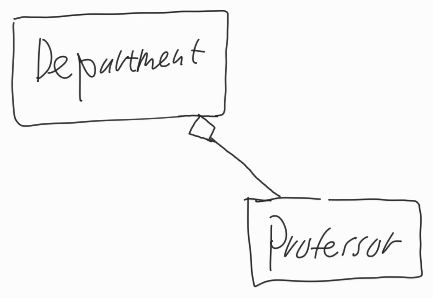
Diagram type: class_diagram
```plantuml
@startuml

class Department

class Professor

Department o-- Professor

@enduml
```